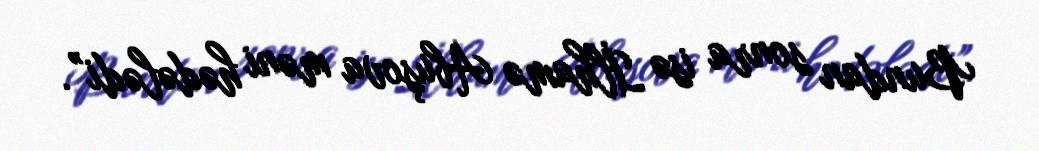
Bundan sonra isə İlhamə Abuşova məni hədələdi”.